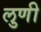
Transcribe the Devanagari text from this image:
लुणी